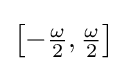
{\bigl [}{-{\tfrac {\omega }{2}}},{\tfrac {\omega }{2}}{\bigr ]}